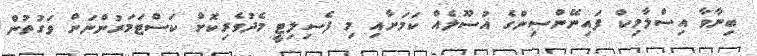
ބިނާވާ އިސްލާމިކް ފައިނޭންސިންގެ އުސޫލެއް ކަމަށާއި މި ފެސިލިޓީ މެދުވެރިކޮށް ކަސްޓަމަރުންނަށް ވަގުތުން